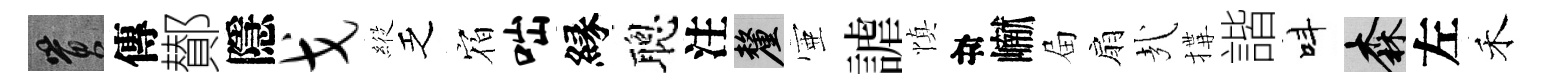
篔傳鄼隱戈𦂵乏𪧐咄縁聰注厘壺謔慎目𪩘屇扇㢤搆諧呌森左禾